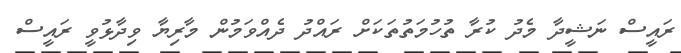
ރައީސް ނަޝީދާ މެދު ކުރާ ތުހުމަތުތަކަށް ރައްދު ދެއްވަމުން މާރިޔާ ވިދާޅުވީ ރައީސް